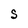
Character: S